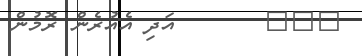
١٠٩       އަދި އެއުރެން ރޮމުން